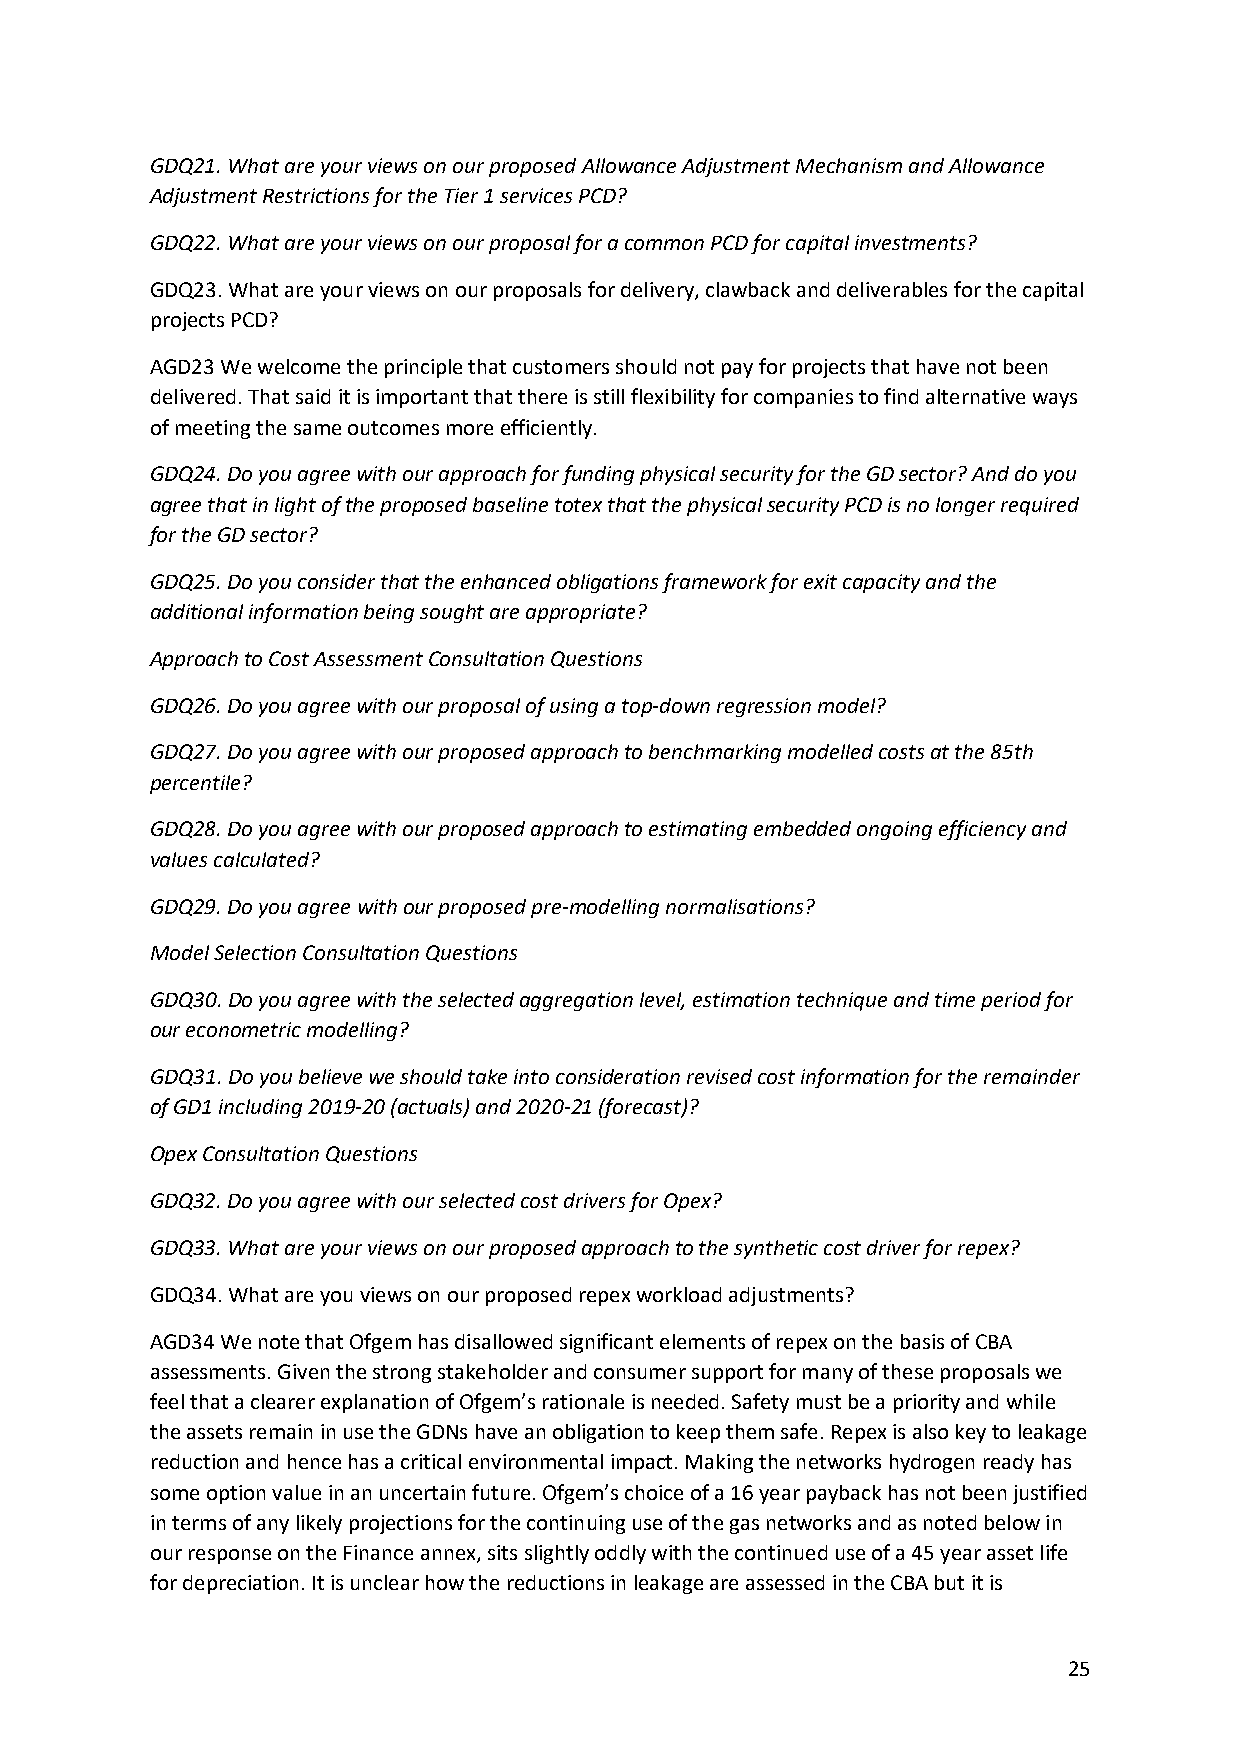
GDQ21. What are your views on our proposed Allowance Adjustment Mechanism and Allowance
 Adjustment Restrictions for the Tier 1 services PCD?
 GDQ22. What are your views on our proposal for a common PCD for capital investments?
 GDQ23. What are your views on our proposals for delivery, clawback and deliverables for the capital
 projects PCD?
 AGD23 We welcome the principle that customers should not pay for projects that have not been
 delivered. That said it is important that there is still flexibility for companies to find alternative ways
 of meeting the same outcomes more efficiently.
 GDQ24. Do you agree with our approach for funding physical security for the GD sector? And do you
 agree that in light of the proposed baseline totex that the physical security PCD is no longer required
 for the GD sector?
 GDQ25. Do you consider that the enhanced obligations framework for exit capacity and the
 additional information being sought are appropriate?
 Approach to Cost Assessment Consultation Questions
 GDQ26. Do you agree with our proposal of using a top-down regression model?
 GDQ27. Do you agree with our proposed approach to benchmarking modelled costs at the 85th
 percentile?
 GDQ28. Do you agree with our proposed approach to estimating embedded ongoing efficiency and
 values calculated?
 GDQ29. Do you agree with our proposed pre-modelling normalisations?
 Model Selection Consultation Questions
 GDQ30. Do you agree with the selected aggregation level, estimation technique and time period for
 our econometric modelling?
 GDQ31. Do you believe we should take into consideration revised cost information for the remainder
 of GD1 including 2019-20 (actuals) and 2020-21 (forecast)?
 Opex Consultation Questions
 GDQ32. Do you agree with our selected cost drivers for Opex?
 GDQ33. What are your views on our proposed approach to the synthetic cost driver for repex?
 GDQ34. What are you views on our proposed repex workload adjustments?
 AGD34 We note that Ofgem has disallowed significant elements of repex on the basis of CBA
 assessments. Given the strong stakeholder and consumer support for many of these proposals we
 feel that a clearer explanation of Ofgem’s rationale is needed. Safety must be a priority and while
 the assets remain in use the GDNs have an obligation to keep them safe. Repex is also key to leakage
 reduction and hence has a critical environmental impact. Making the networks hydrogen ready has
 some option value in an uncertain future. Ofgem’s choice of a 16 year payback has not been justified
 in terms of any likely projections for the continuing use of the gas networks and as noted below in
 our response on the Finance annex, sits slightly oddly with the continued use of a 45 year asset life
 for depreciation. It is unclear how the reductions in leakage are assessed in the CBA but it is
 25